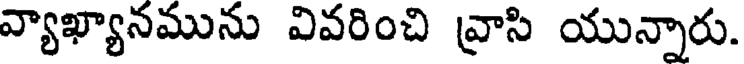
వ్యాఖ్యానమును వివరించి వ్రాసి యున్నారు.